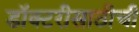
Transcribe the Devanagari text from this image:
डॉक्टरीसाठीची